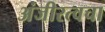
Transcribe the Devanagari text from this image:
अंजीरत्वचा